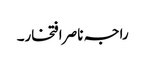
راجہ ناصر افتخار۔